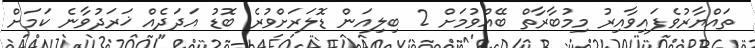
ތައްޔާރުވެފައިވާއިރު މިމުބާރާތް ބޭއްވުމަށް 2 ބިލިއަން ޑޮލަރަށްވުރެ ބޮޑު އަދަދެއް ޚަރަދުވާނެ ކަމަށް